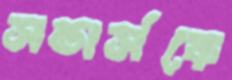
সন্ডার্সকে